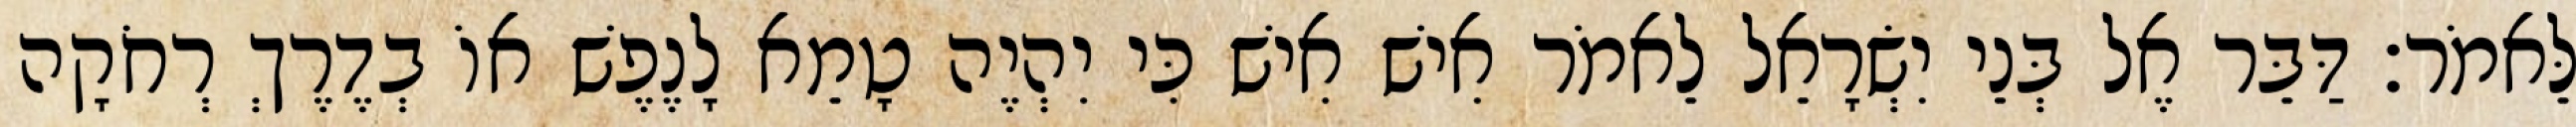
לֵּאמֹר׃ דַּבֵּר אֶל בְּנֵי יִשְׂרָאֵל לֵאמֹר אִישׁ אִישׁ כִּי יִהְיֶה טָמֵא לָנֶפֶשׁ אוֹ בְדֶרֶךְ רְחֹקָה